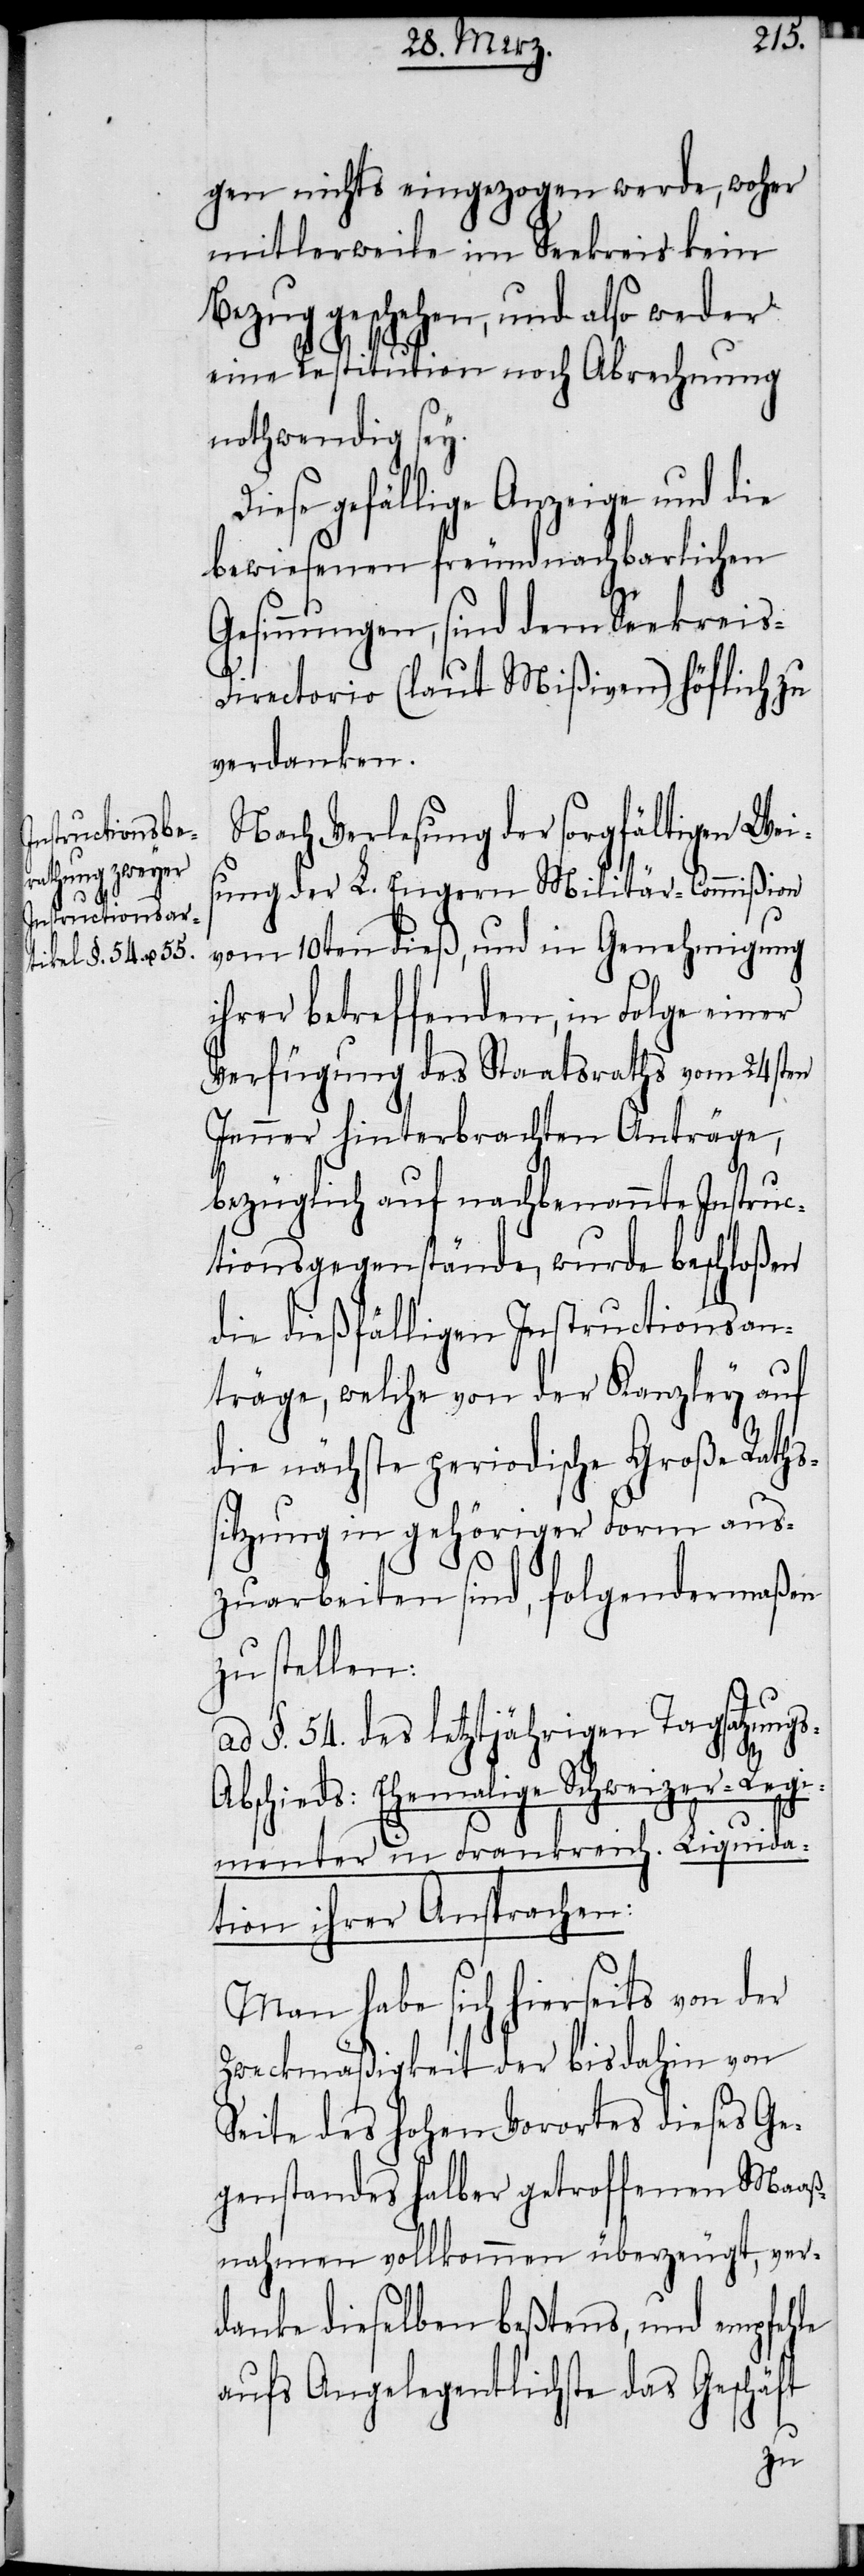
gen nichts eingezogen werde, woher
mitlerweile im Seekreis kein
Bezug geschehen, und also weder
eine Restitution noch Abrechnung
nothwendig sey.
Diese gefällige Anzeige und die
bewiesenen freundnachbarlichen
Gesinnungen, sind dem Seekreis-D¬
irectorio (laut Mißiven) höflich zu
verdanken.
Nach Verlesung der sorgfältigen Wei¬
sung der L. Engern Militär-Commißion
vom 10ten dieß, und in Genehmigung
ihrer betreffenden, in Folge einer
Verfügung des Staatsraths vom 24sten
Jenner hinterbrachten Anträge,
bezüglich auf nachbenannte Instruc¬
tionsgegenstände, wurde beschloßen
die dießfälligen Instructionsan¬
träge, welche von der Kanzley auf
die nächste periodische Große Raths¬
sitzung in gehöriger Form aus¬
zuarbeiten sind, folgendermaßen
zu stellen:
ad §. 54. des letztjährigen Tagsatzung¬
s-A¬
bschieds: Ehemalige Schweizer-Regi¬
menter in Frankreich. Liquida¬
tion ihrer Ansprachen:
Man habe sich hierseits von der
Zweckmäßigkeit der bis dahin von
Seite des hohen Vorortes dieses Ge¬
genstandes halber getroffenen Maaß¬
nahmen vollkommen überzeugt, ver¬
danke dieselben beßtens, und empfehle
aufs Angelegentlichste das Geschäft